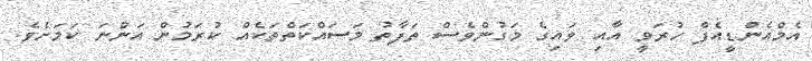
އެމްއެންޑީއެފް ހުރަވީ އާއި ވައިގެ މަގުންވެސް ތަފާތު މަސައްކަތްތަކެއް ކުރަމުން އަންނަ ކަމަށެވެ.